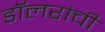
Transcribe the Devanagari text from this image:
डॉलरांची